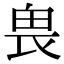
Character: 𠂽